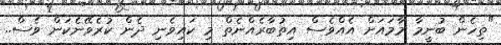
"ތިހެން ބުނީމާ މާމައަށް އެއްވެސް އިތުބާރެއްނެތް މި ކައިވެނި ދެން ކުރެވޭނެކަން ވެސް..